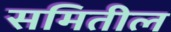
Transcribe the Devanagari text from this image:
समितील